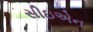
સીઇએન